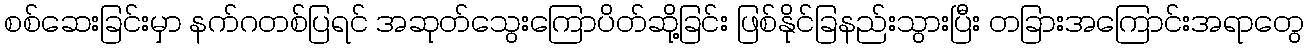
စစ်ဆေးခြင်းမှာ နက်ဂတစ်ပြရင် အဆုတ်သွေးကြောပိတ်ဆို့ခြင်း ဖြစ်နိုင်ခြနည်းသွားပြီး တခြားအကြောင်းအရာတွေ